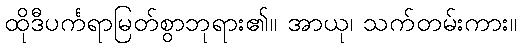
ထိုဒီပင်္ကရာမြတ်စွာဘုရား၏။ အာယု၊ သက်တမ်းကား။